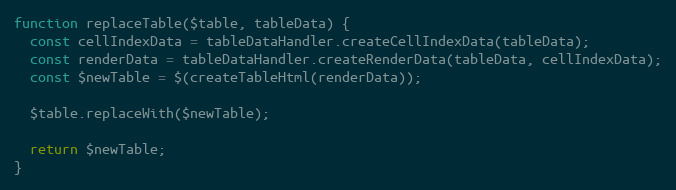
Language: JavaScript
function replaceTable($table, tableData) {
  const cellIndexData = tableDataHandler.createCellIndexData(tableData);
  const renderData = tableDataHandler.createRenderData(tableData, cellIndexData);
  const $newTable = $(createTableHtml(renderData));

  $table.replaceWith($newTable);

  return $newTable;
}